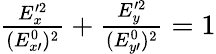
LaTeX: \begin{array}{r}{\frac{E_{x}^{\prime 2}}{(E_{x\prime}^{0})^{2}}+\frac{E_{y}^{\prime 2}}{(E_{y\prime}^{0})^{2}}=1}\end{array}